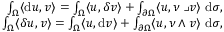
\begin{array} { r } { \int _ { \Omega } \langle \mathrm { d } u , v \rangle = \int _ { \Omega } \langle u , { \delta } v \rangle + \int _ { \partial \Omega } \langle u , \nu \lrcorner v \rangle \mathrm { ~ d } \sigma \mathrm { , ~ } } \\ { \int _ { \Omega } \langle { \delta } u , v \rangle = \int _ { \Omega } \langle u , \mathrm { d } v \rangle + \int _ { \partial \Omega } \langle u , \nu \wedge v \rangle \mathrm { ~ d } \sigma \mathrm { , ~ } } \end{array}